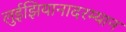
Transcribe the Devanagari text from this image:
लुईझियानादरम्यान